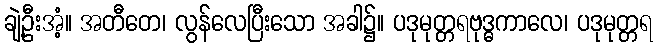
ချဲ့ဦးအံ့။ အတီတေ၊ လွန်လေပြီးသော အခါ၌။ ပဒုမုတ္တရဗုဒ္ဓကာလေ၊ ပဒုမုတ္တရ